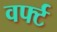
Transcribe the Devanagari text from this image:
वर्फ्ट